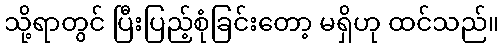
သို့ရာတွင် ပြီးပြည့်စုံခြင်းတော့ မရှိဟု ထင်သည်။